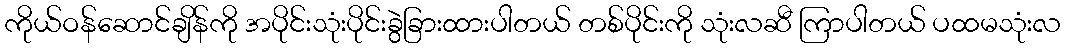
ကိုယ်ဝန်ဆောင်ချိန်ကို အပိုင်းသုံးပိုင်းခွဲခြားထားပါတယ် တစ်ပိုင်းကို သုံးလဆီ ကြာပါတယ် ပထမသုံးလ